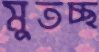
মুতচ্ছ